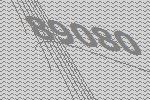
89080